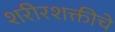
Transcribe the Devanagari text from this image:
शरीरशक्तीचे